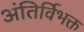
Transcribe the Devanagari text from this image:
अंतिर्विभक्त